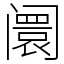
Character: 阛